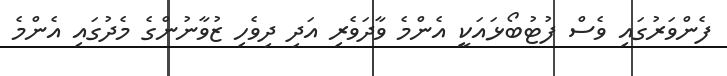
ފެންވަރުގައި ވެސް ފުޓުބޯޅައަކީ އެންމެ ވާދަވެރި އަދި ދިވެހި ޒުވާނުންގެ މެދުގައި އެންމެ